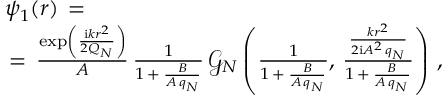
\begin{array} { l } { \displaystyle \psi _ { 1 } ( \boldsymbol { r } ) \, = \, } \\ { \, = \, \frac { \exp \left( \frac { \mathrm { i } k r ^ { 2 } } { 2 Q _ { N } } \right) } A \, \frac { 1 } { 1 \, + \, \frac { B } { A \, q _ { N } } } \, \mathcal { G } _ { N } \left( \frac { 1 } { 1 \, + \, \frac { B } { A \, q _ { N } } } , \, \frac { \frac { k r ^ { 2 } } { 2 \mathrm { i } A ^ { 2 } \, q _ { N } } } { 1 \, + \, \frac { B } { A \, q _ { N } } } \right) \, , } \end{array}